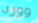
وورد